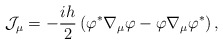
\begin{align*}{\cal J}_\mu =-\frac{ih}2\left( \varphi ^{*}\nabla _\mu \varphi -\varphi\nabla _\mu \varphi ^{*}\right) ,\end{align*}